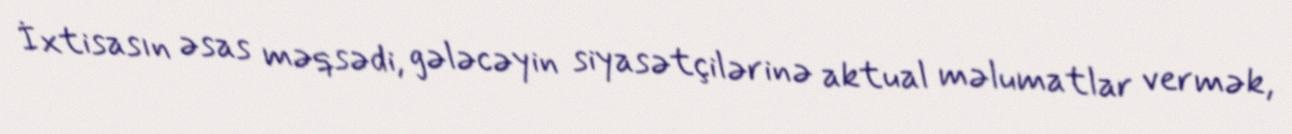
İxtisasın əsas məqsədi, gələcəyin siyasətçilərinə aktual məlumatlar vermək,